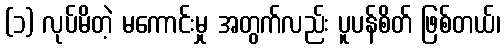
(၁) လုပ်မိတဲ့ မကောင်းမှု အတွက်လည်း ပူပန်စိတ် ဖြစ်တယ်၊